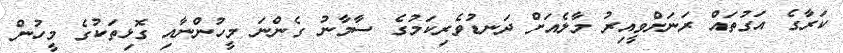
ކަރާގެ އަގުތައް ރަނަށްވީއިރު މާލެއަށް ދަނޑުވެރިކަމުގެ ސާމާނު ގެންނަ މީހުންނާއި ގޮޅިތަކުގެ މީހުން